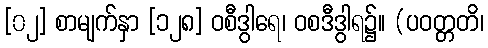
[၀၂] စာမျက်နှာ [၁၂၈] ဝစီဒွါရေ၊ ဝစဒီဒွါရ၌။ (ပဝတ္တတိ၊